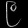
Digit: ၉